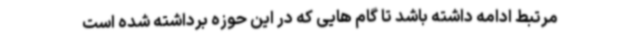
مرتبط ادامه داشته باشد تا گام هایی که در این حوزه برداشته شده است